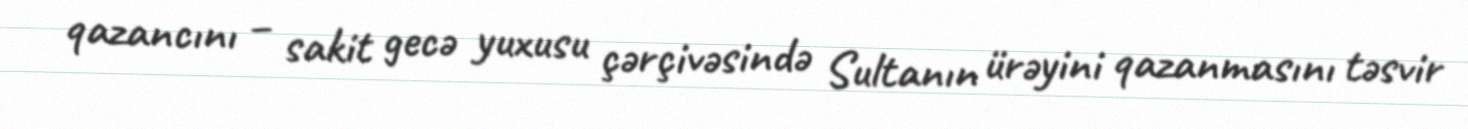
qazancını – sakit gecə yuxusu çərçivəsində Sultanın ürəyini qazanmasını təsvir